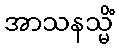
အာသနသ္မိံ